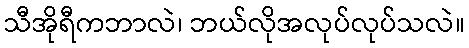
သီအိုရီကဘာလဲ၊ ဘယ်လိုအလုပ်လုပ်သလဲ။